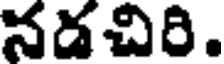
నడచిరి.